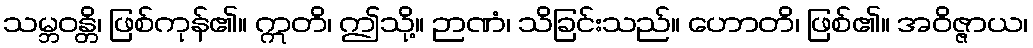
သမ္ဘဝန္တိ၊ ဖြစ်ကုန်၏။ ဣတိ၊ ဤသို့။ ဉာဏံ၊ သိခြင်းသည်။ ဟောတိ၊ ဖြစ်၏။ အဝိဇ္ဇာယ၊